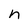
Character: n